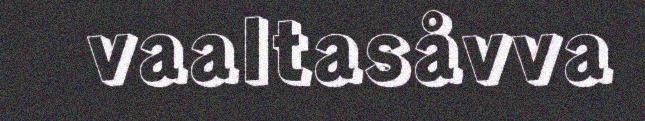
vaaltasåvva